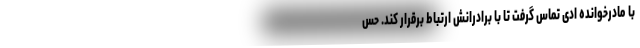
با مادرخوانده ادی تماس گرفت تا با برادرانش ارتباط برقرار کند. حس